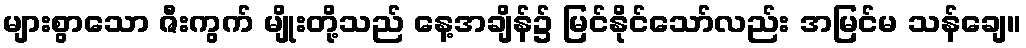
များစွာသော ဇီးကွက် မျိုးတို့သည် နေ့အချိန်၌ မြင်နိုင်သော်လည်း အမြင်မ သန်ချေ။